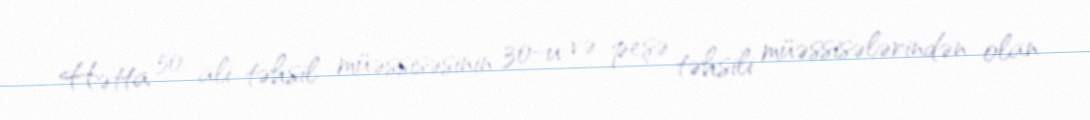
Hətta 50 ali təhsil müəssisəsinin 30-u və peşə təhsili müəssisələrindən olan